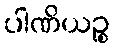
ပါဏိယဉ္စ